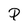
Character: P